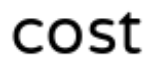
cost